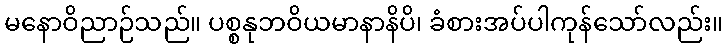
မနောဝိညာဉ်သည်။ ပစ္စနုဘဝိယမာနာနိပိ၊ ခံစားအပ်ပါကုန်သော်လည်း။